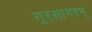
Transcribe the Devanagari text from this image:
गुरसागरम्